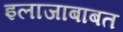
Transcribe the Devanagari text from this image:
इलाजाबाबत